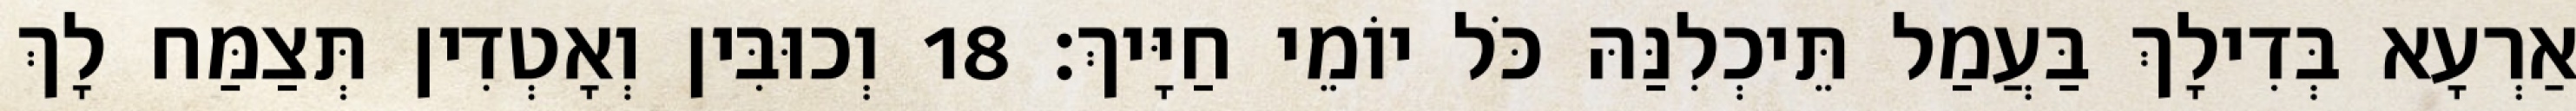
אַרְעָא בְּדִילָךְ בַּעֲמַל תֵּיכְלִנַּהּ כֹּל יוֹמֵי חַיָּיךְ׃ 18 וְכוּבִּין וְאָטְדִין תְּצַמַּח לָךְ